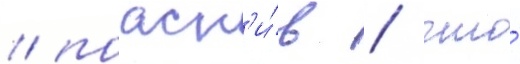
/ поасн'и́в / что́